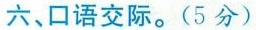
六、口语交际。(5分)